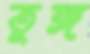
তুঙ্গ